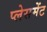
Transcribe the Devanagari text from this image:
प्‍लेसमेंट